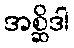
အစ္ဆိဒါ